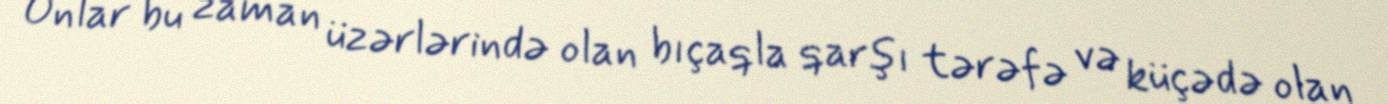
Onlar bu zaman üzərlərində olan bıçaqla qarşı tərəfə və küçədə olan